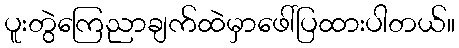
ပူးတွဲကြေညာချက်ထဲမှာဖေါ်ပြထားပါတယ်။